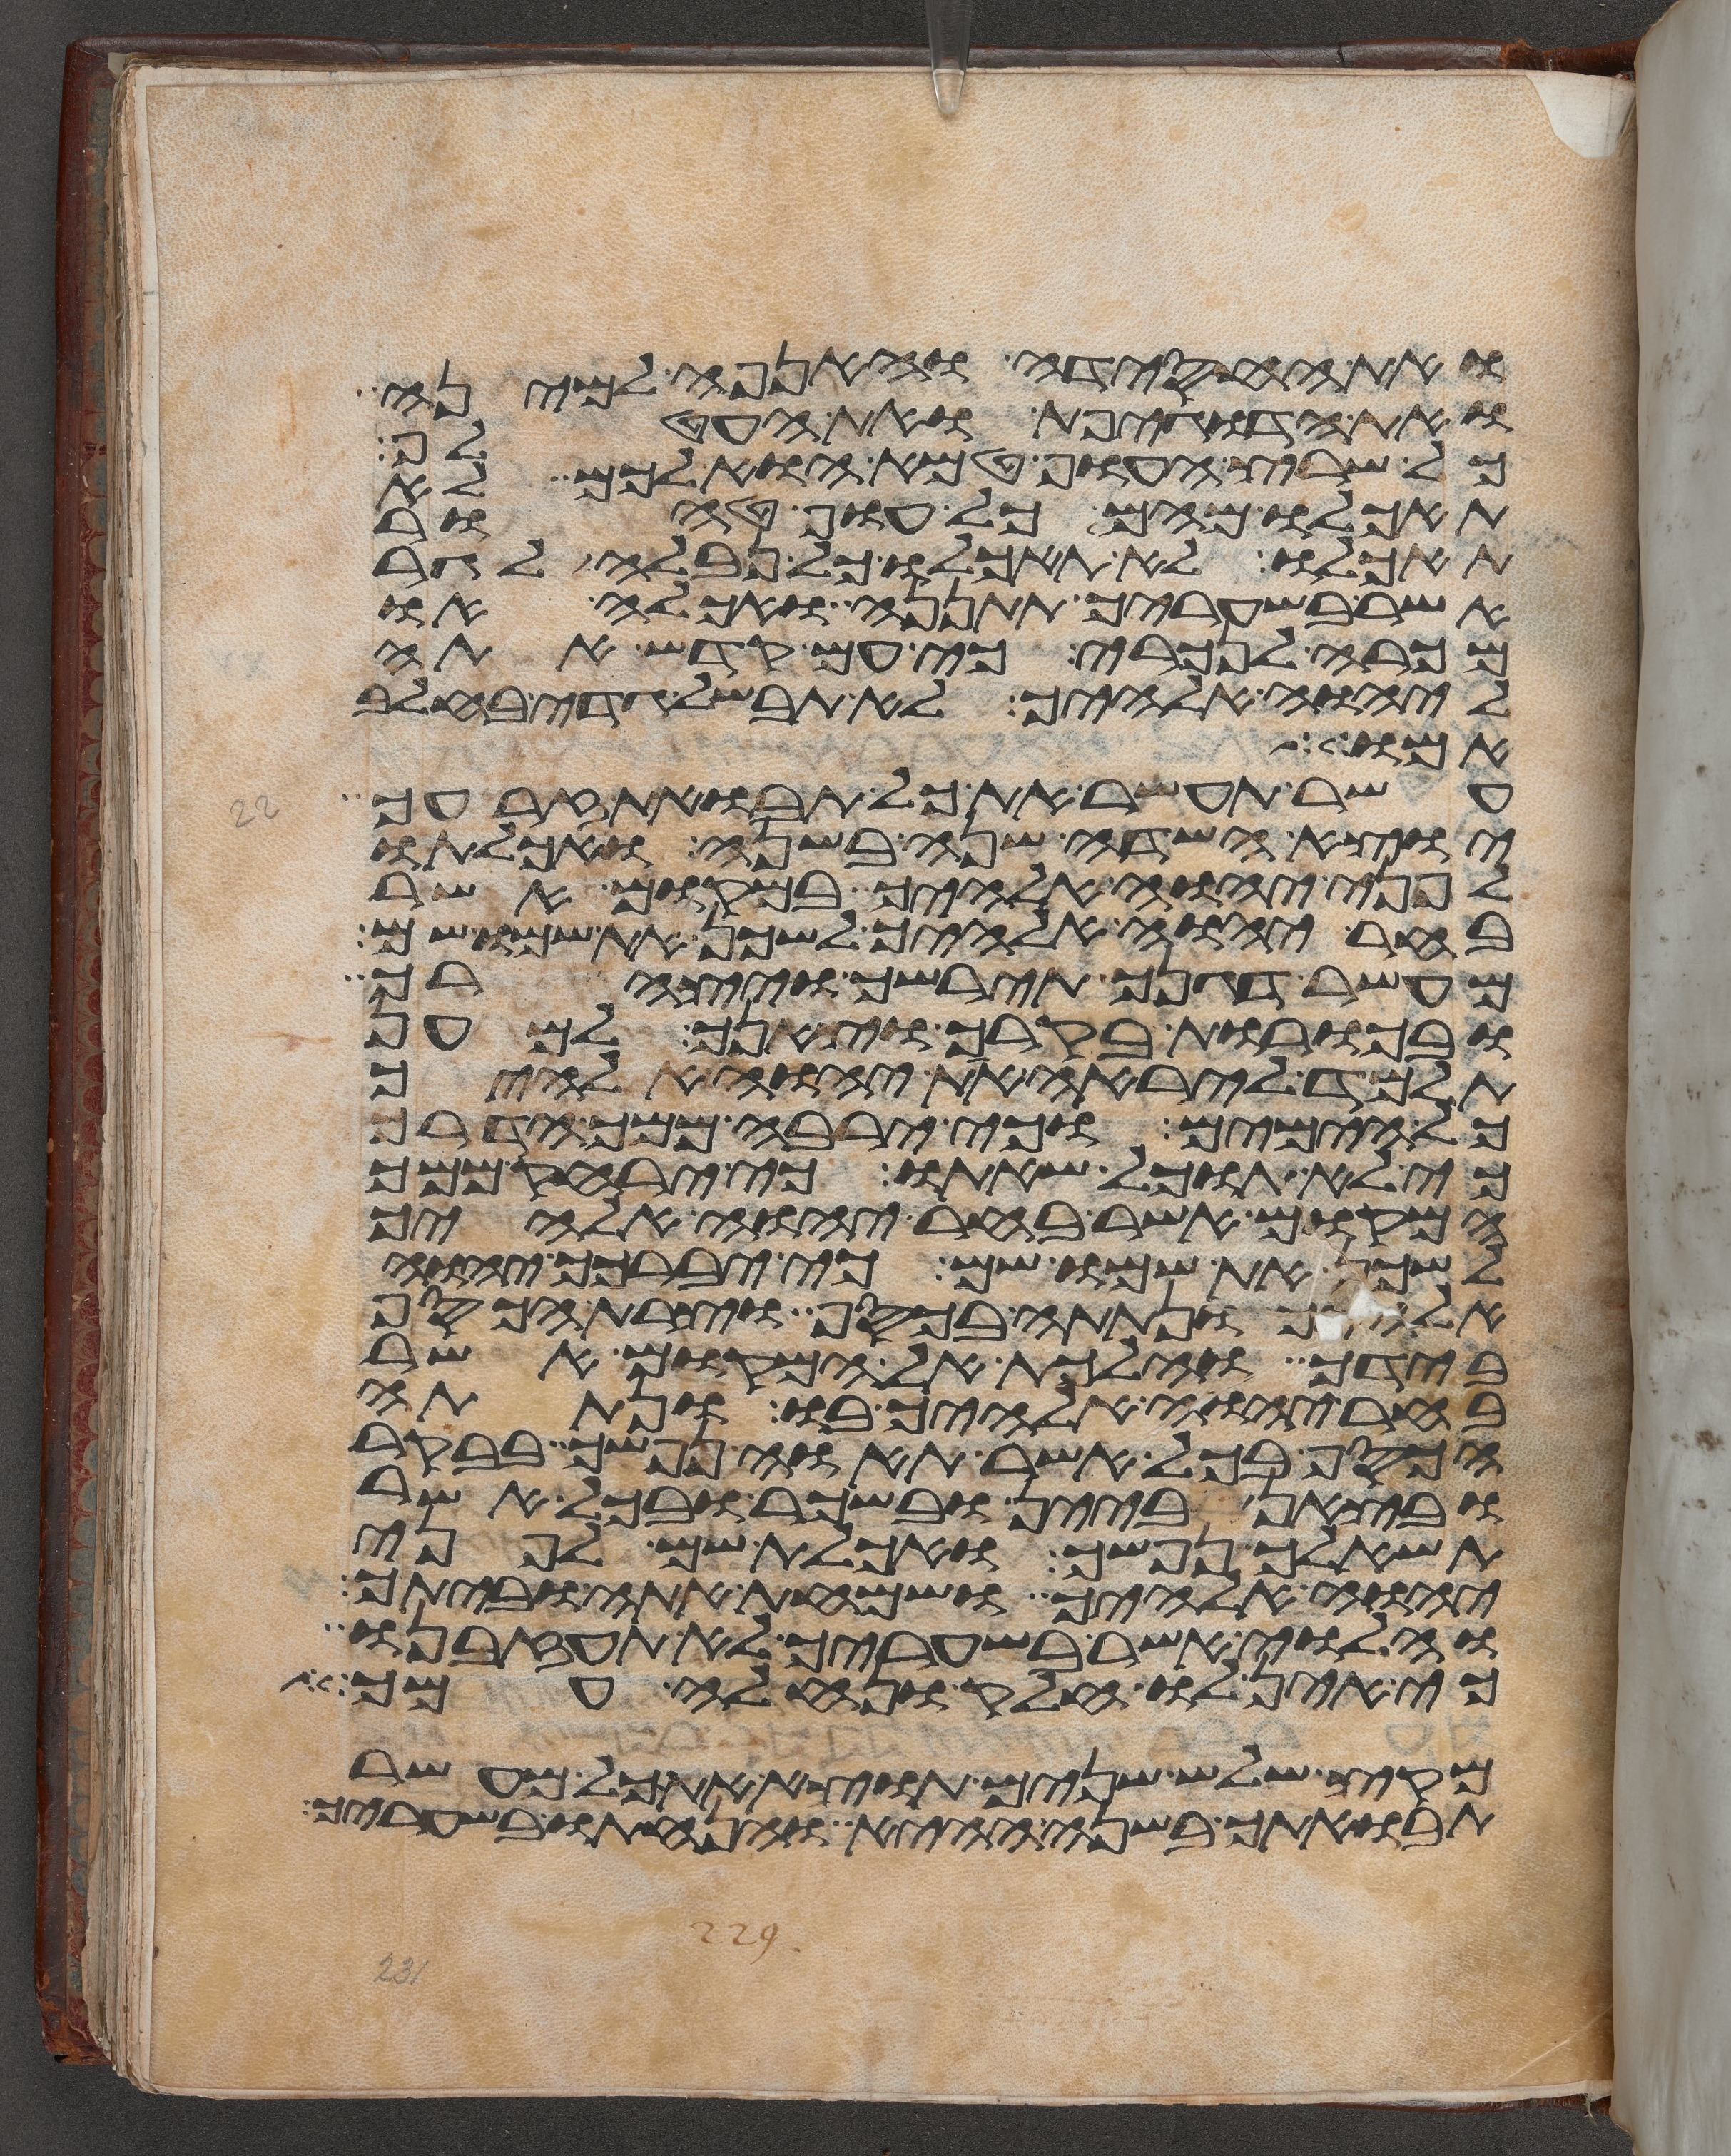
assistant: ואת החסידה והאנפה למינה
ואת הדגיפת ואת העטלף
כל שרץ העוף טמא הוא לכם לא
תאכלו מהם כל עוף טהור
תאכלו לא תאכלו כל נבלה לגר
אשר בשעריך תתננה ואכלה או
מכרה לנכרי כי עם קדש אתה
ליהוה אלהיך לא תבשל גדי בחלב
אמותה
עשר תעשר את כל תבואת זרעך
יוצא השדה שנה בשנה ואכלתו
לפני יהוה אלהיך במקום אשר
בחר יהוה אלהיך לשכן את שמו שם
מעשר דגנך תירשך ויצהרך
ובכורת בקרך וצאנך למען
תלמד ליראה את יהוה אלהיך
כל הימים וכי ירבה ממך הדרך
כי לא תוכל שאתו כי ירחק ממך
המקום אשר בחר יהוה אלהיך
לשכן את שמו שם כי יברכך יהוה
אלהיך ונתתה בכסף וצרת הכסף
בידך והלכת אל המקום אשר
בחר יהוה אלהיך בו ונתתה
הכסף בכל אשר תאוה נפשך בבקר
ובצאן ביין ובשכר ובכל אשר
תשאלך נפשך ואכלת שם לפני
יהוה אלהיך ושמחת אתה וביתך
והלוי אשר בשעריך לא תעזבנו
כי אין לו חלק ונחלה עמך
מקץ שלש שנים תוצא את כל מעשר
תבואתך בשנה ההיא והנחתו בשעריך